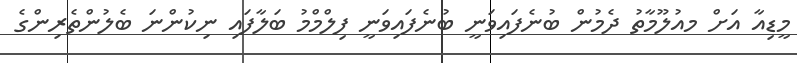
މީޑިއާ އަށް މއުލޫމާތު ދެމުން ބުނެފައިވަނީ ބުނެފައިވަނީ ފިލްމްމު ބަލާފައި ނިކުންނަ ބެލުންތެރިންގެ